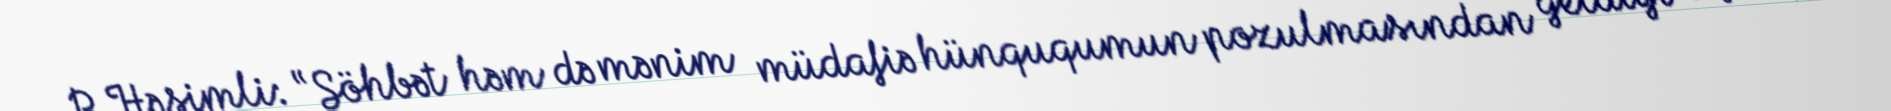
P.Həşimli: “Söhbət həm də mənim müdafiə hünququmun pozulmasından getdiyi üçün,